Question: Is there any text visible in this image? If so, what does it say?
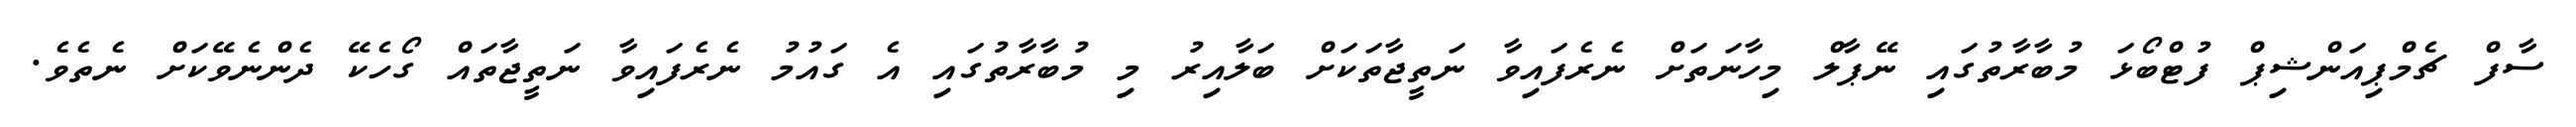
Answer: ސާފް ޗެމްޕިއަންޝިޕް ފުޓްބޯޅަ މުބާރާތުގައި ނޭޕާލް މިހާނަތަށް ނެރެފައިވާ ނަތީޖާތަކަށް ބަލާއިރު މި މުބާރާތުގައި އެ ގައުމު ނެރެފައިވާ ނަތީޖާތައް ގޯހެކޭ ދެންނެވޭކަށް ނެތެވެ.